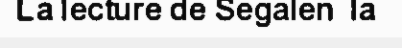
La lecture de Segalen  la